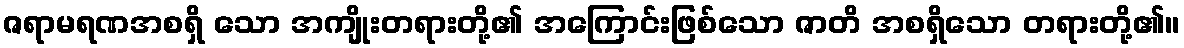
ဇရာမရဏအစရှိ သော အကျိုးတရားတို့၏ အကြောင်းဖြစ်သော ဇာတိ အစရှိသော တရားတို့၏။